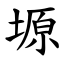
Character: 塬